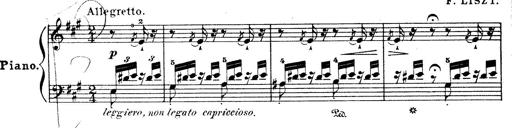
Title: Wagner-Liszt Album
Composer: Franz Liszt